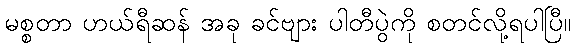
မစ္စတာ ဟယ်ရီဆန် အခု ခင်ဗျား ပါတီပွဲကို စတင်လို့ရပါပြီ။